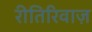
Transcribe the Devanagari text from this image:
रीतिरिवाज़